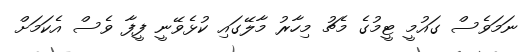
ނަމަވެސް ގައުމީ ޓީމުގެ މެޗު މިހާރު މާލޭގައި ކުޅެވޭނީ ފީފާ ވެސް އެކަމަށް